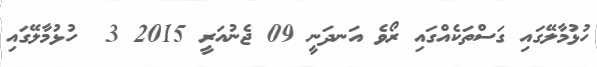
ހުޅުމާލޭގައި ގަސްތަކެއްގައި ރޯވެ އަނދަނީ 09 ޖެނުއަރީ 2015 3  ހުޅުމާލޭގައި